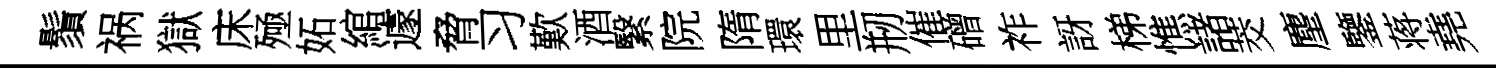
鬚祸獄床殛妬綰遽脅习歎酒繄院隋環里剏催磳祚訝梯憔諸茭麈鑒蒋堯